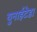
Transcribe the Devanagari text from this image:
युनाईटेड।